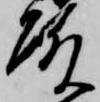
殿